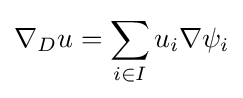
\nabla _{D}u=\sum _{i\in I}u_{i}\nabla \psi _{i}